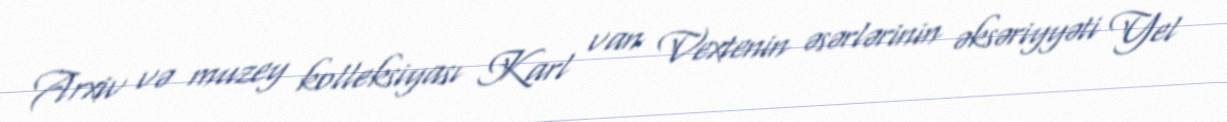
Arxiv və muzey kolleksiyası Karl van Vextenin əsərlərinin əksəriyyəti Yel